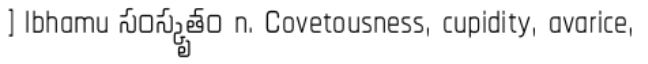
] lbhamu సంస్కృతం n. Covetousness, cupidity, avarice,